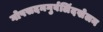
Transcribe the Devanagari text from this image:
गोपसदनगुर्वलिंदखेलन